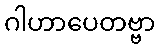
ဂါဟာပေတဗ္ဗာ